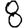
Digit: 8